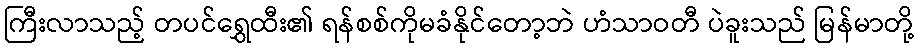
ကြီးလာသည့် တပင်ရွှေထီး၏ ရန်စစ်ကိုမခံနိုင်တော့ဘဲ ဟံသာဝတီ ပဲခူးသည် မြန်မာတို့